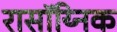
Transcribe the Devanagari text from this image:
रासॉय्निक